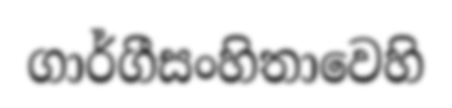
ගාර්ගීසංහිතාවෙහි